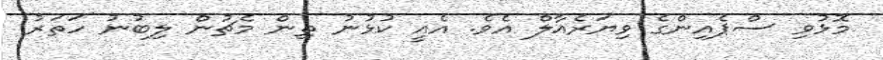
މޮޅުވި ސްޕެއިންގެ ވިޔަރެއާލް އެވެ. އެއީ ކުޅުނު ތިން މެޗުން ލިބުނު ހަތަރު